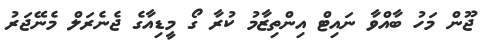
ޖޫން މަހު ބާއްވާ ނައިޓް އިންތިޒާމު ކުރާ ގޯ މީޑިއާގެ ޖެނެރަލް މެނޭޖަރު